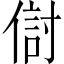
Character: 傠